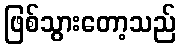
ဖြစ်သွားတော့သည်